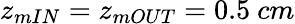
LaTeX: z_{mIN}=z_{mOUT}=0.5~cm